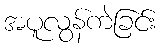
အပူလွန်ကဲခြင်း